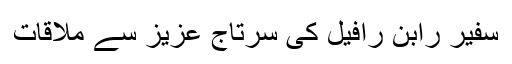
سفیر رابن رافیل کی سرتاج عزیز سے ملاقات